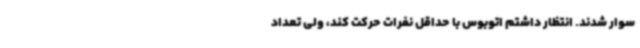
سوار شدند. انتظار داشتم اتوبوس با حداقل نفرات حرکت کند، ولی تعداد